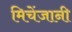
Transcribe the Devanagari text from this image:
मिचेंजानी